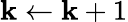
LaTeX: \mathbf{k}\leftarrow\mathbf{k}+1